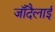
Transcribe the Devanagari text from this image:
जाँदैलाई